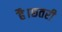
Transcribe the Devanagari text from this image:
है।छतरी